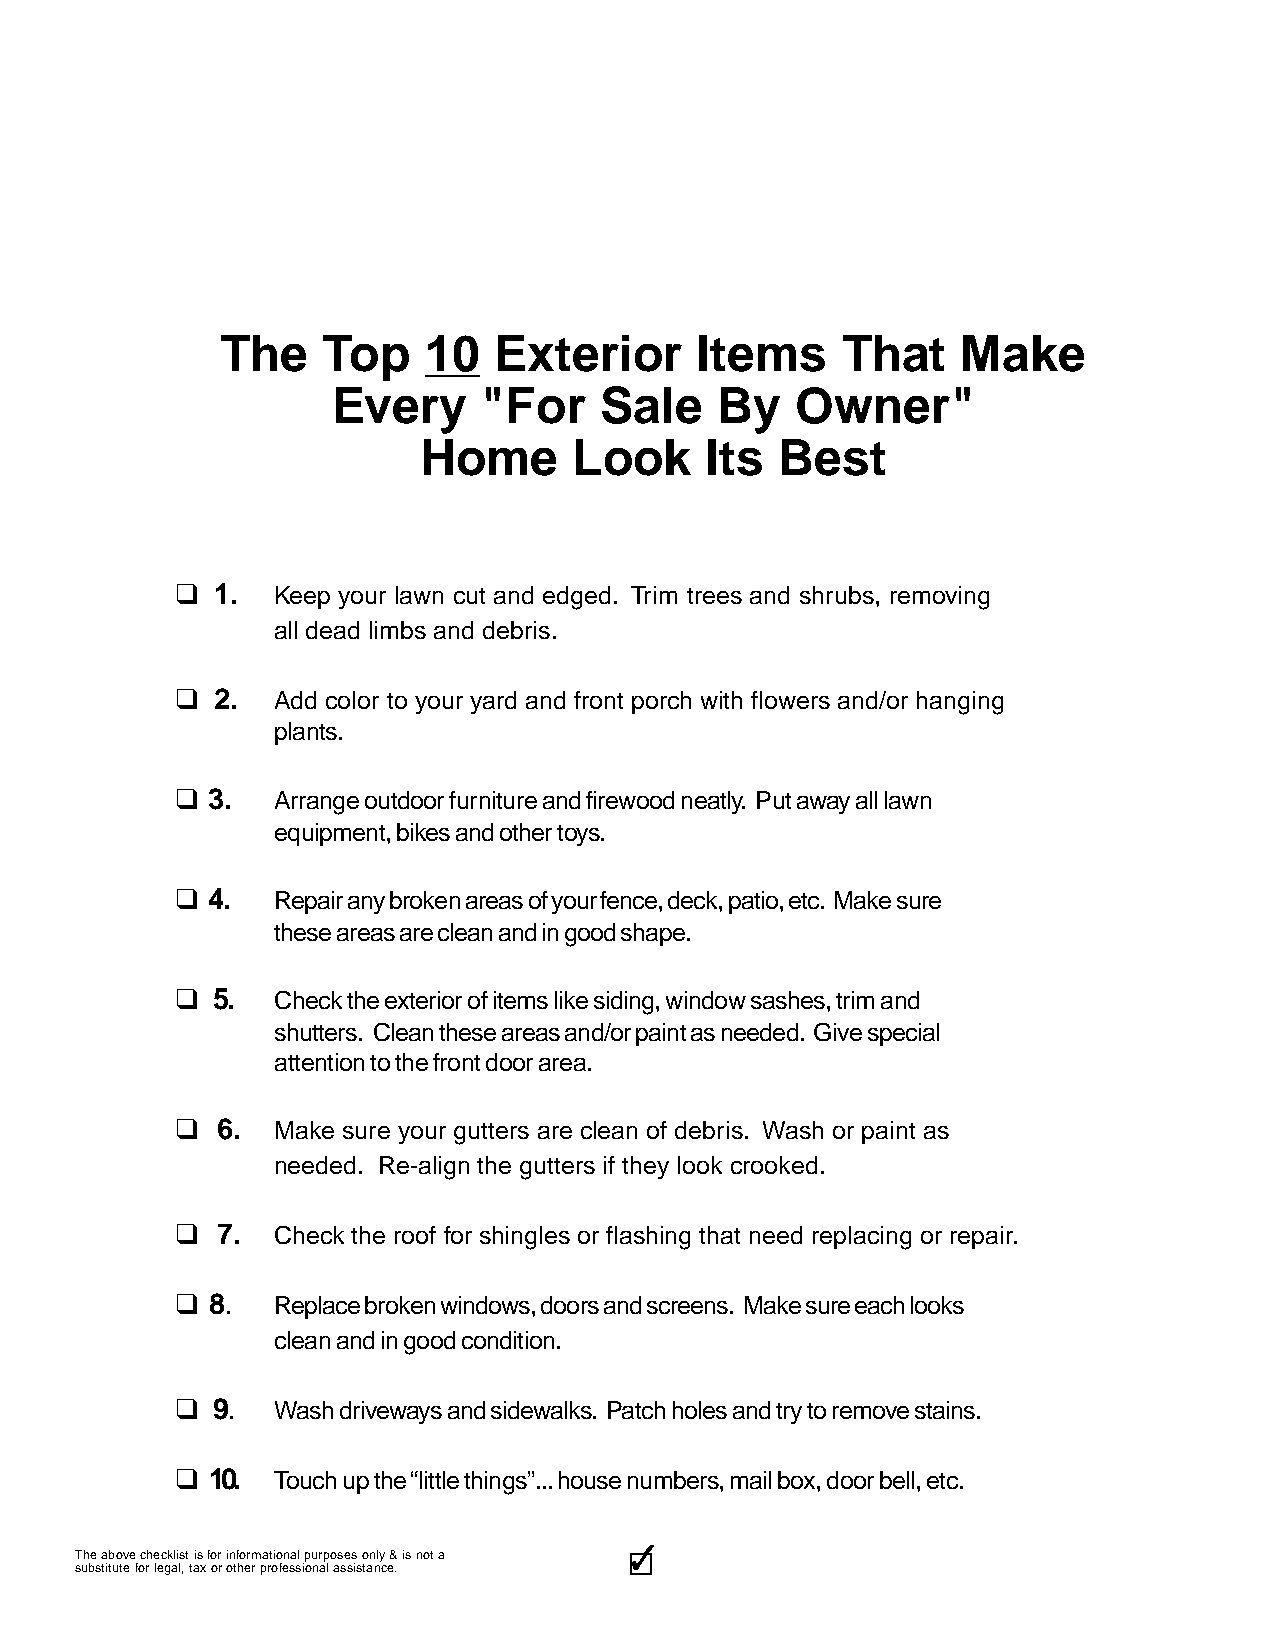
The   Top    10   Exterior     Items     That    Make
 Every     "For    Sale   By    Owner"
 Home      Look     Its  Best
 q 1.  Keep your lawn cut and edged. Trim trees and shrubs, removing
 all dead limbs and debris.
 q 2.  Add color to your yard and front porch with flowers and/or hanging
 plants.
 q 3.  Arrange outdoor furniture and firewood neatly. Put away all lawn
 equipment, bikes and other toys.
 q 4.  Repair any broken areas of your fence, deck, patio, etc. Make sure
 these areas are clean and in good shape.
 q 5.  Check the exterior of items like siding, window sashes, trim and
 shutters. Clean these areas and/or paint as needed. Give special
 attention to the front door area.
 q 6.  Make sure your gutters are clean of debris. Wash or paint as
 needed. Re-align the gutters if they look crooked.
 q 7.  Check the roof for shingles or flashing that need replacing or repair.
 q 8.  Replace broken windows, doors and screens. Make sure each looks
 clean and in good condition.
 q 9.  Wash driveways and sidewalks. Patch holes and try to remove stains.
 q 10. Touch up the “little things”... house numbers, mail box, door bell, etc.
 3333333333
 The above checklist is for informational purposes only & is not a
 substitute for legal, tax or other professional assistance.